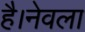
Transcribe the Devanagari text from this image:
है।नेवला